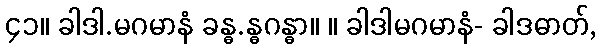
၄၁။ ခါဒါ.မဂမာနံ ခန္ဓ.န္ဓဂန္ဓာ။ ။ ခါဒါမဂမာနံ- ခါဒဓာတ်,